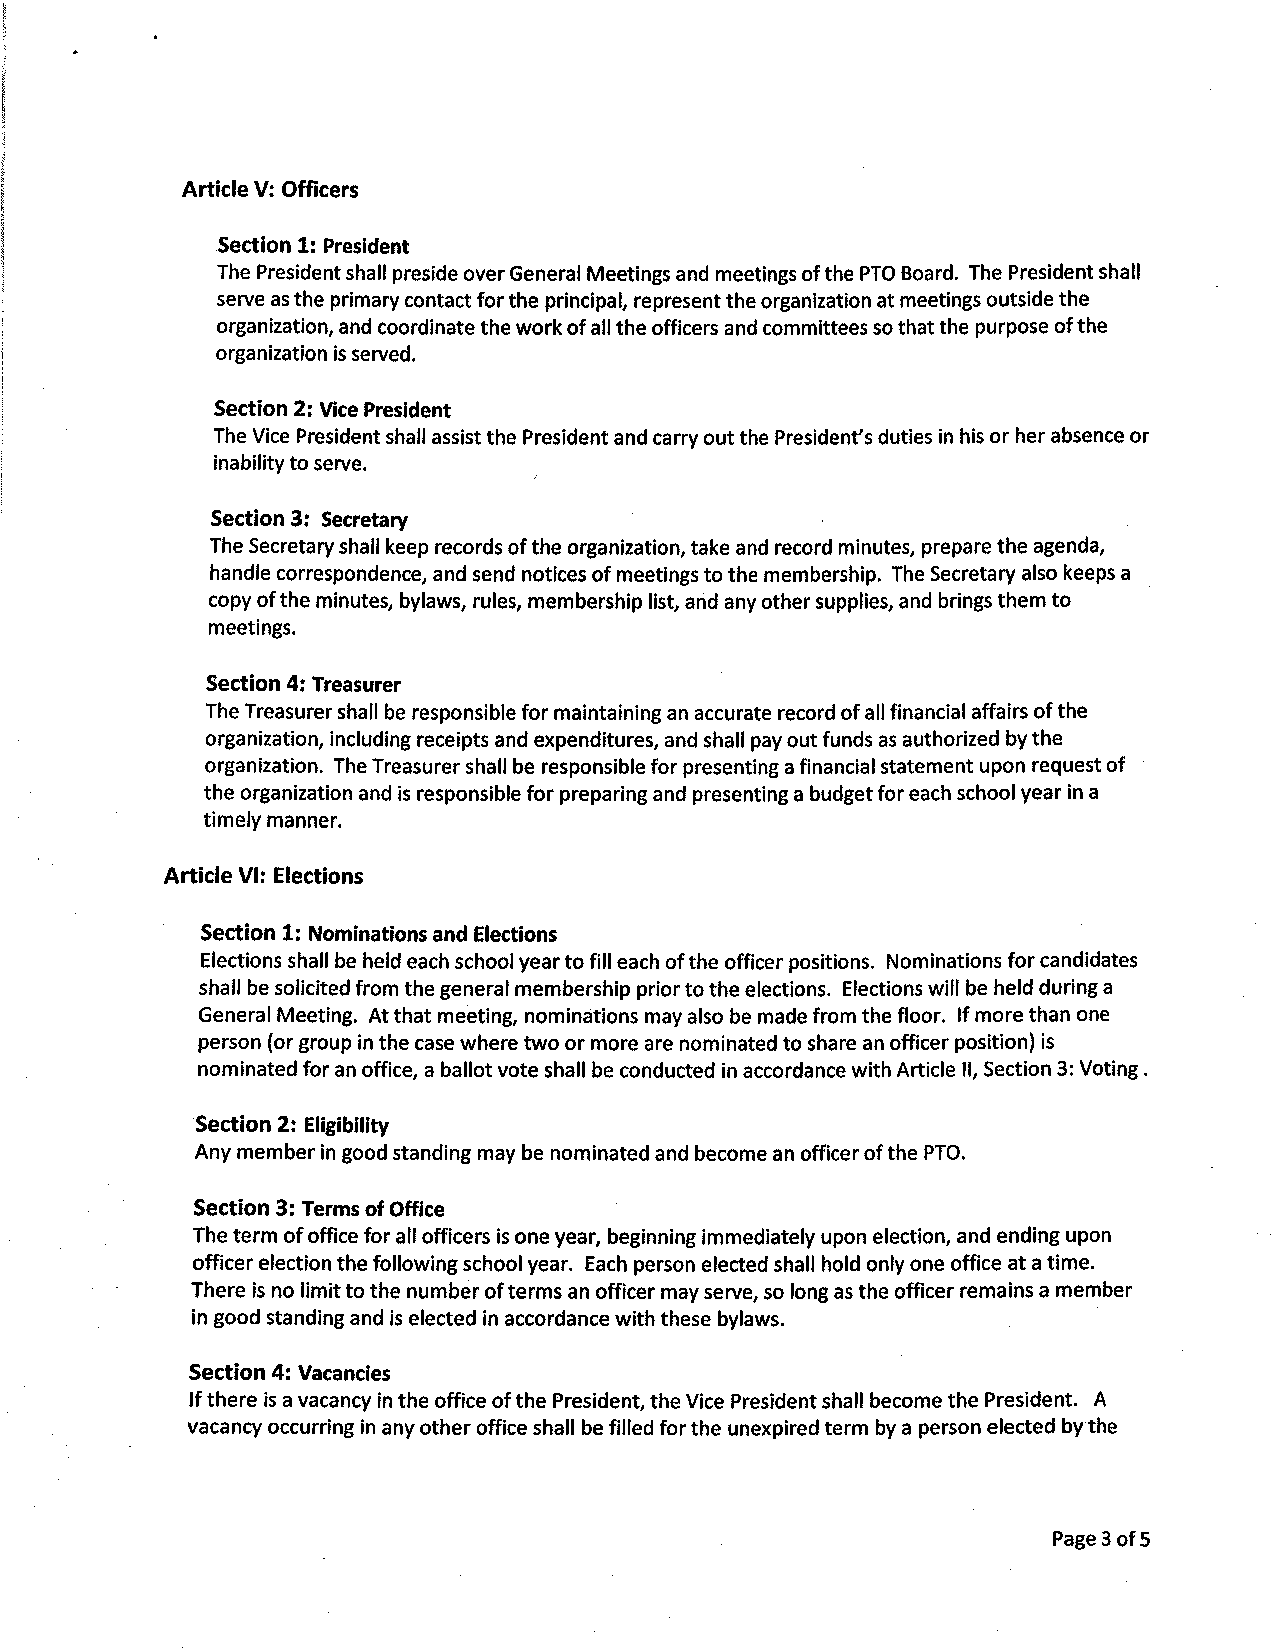
Article V: Officers
 Section 1: Presldent
 The President shall preside over General Meetings and meetings of the PTO Board. The President shall
 serve as the primary contact for the principal, represent the organization at meetings outside the
 organization, and coordinate the work of all the officers and committees so that the purpose of the
 organization is served.
 Section 2: Vice President
 The Vice President shall assist the President and carry out the President's duties in his or her absence or
 serve.
 inability to
 ]
 Section 3: Secretary
 The Secretary shall keep records of the organization, take and record minutes, prepare the agenda,
 handle correspondence, and send notlces of meetings to the membership. The Secretary also keeps a
 copy of the minutes, bylaws, rules, membership list, and any other supplies, and brings them to
 meetings.
 Section 4: Treasurer
 The Treasurer shall be responsible for maintaining an accurate record of all financial affairs of the
 organization, including receipts and expenditures, and shall pay out funds as authorized by the
 organization. The Treasurer shall be responsible for presenting a financial statement upon request of
 the organization and is responsible for preparing and presenting a budget for each school year in a
 t¡mely manner.
 Art¡cle vl: Elections
 Section 1: Nominations and Electlons
 Elections shall be held each school year to fill each of the officer positions. Nominations for candidates
 shall be solicited from the general membership prior to the elections. Elections will be held during a
 General Meeting. At that meeting, nominations may also be made from the floor. lf more than one
 person (or group in the case where two or more are nominated to share an officer position) is
 nominated for an office, a ballot vote shall be conducted in accordance with Article ll, Section 3: Voting .
 Section 2: Eligibility
 Any member in good standing may be nominated and become an officer of the PTO.
 Section 3: Terms of Office
 The term of office for all officers is one year, beginning immediately upon election, and ending upon
 officer election the following schoolyear. Each person elected shall hold only one office at a time.
 There is no limit to the number of terms an officer may serve, so long as the officer remains a member
 in good standing and is elected in accordance with these bylaws.
 Section 4: Vacancies
 lf there is a vacancy in the office of the President, the Vice President shall become the President. A
 vacancy occurring in any other office shall be filled for the unexpired term by a person elected by the
 Page 3 of 5